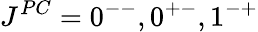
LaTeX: J^{PC}=0^{--},0^{+-},1^{-+}